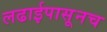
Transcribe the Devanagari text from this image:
लढाईपासूनच